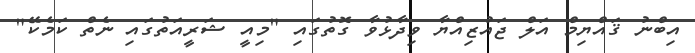
އިބްނު ޤައްޔިމް އަލް ޖައުޒިއްޔާ ވިދާޅުވާ ގޮތުގައި "މިއީ ޝަރީއަތުގައި ނެތް ކަމެކޭ"